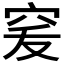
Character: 𥥜